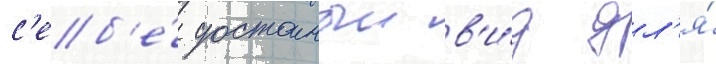
с'еб'е́ достоиныи в'и́д дл'я́